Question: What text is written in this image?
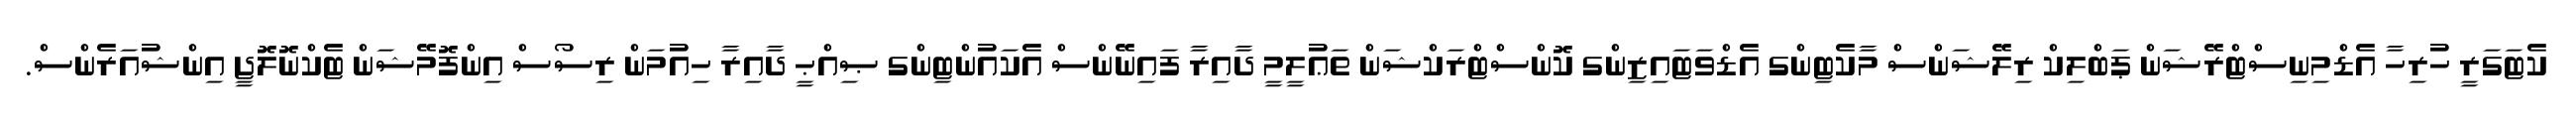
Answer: ކެޓަގަރީ ހުރިހާ އެޑްމިނިސްޓްރޭޝަން ޕަބްލިކް ރިލޭޝަންސް މާކެޓިންގ އެޑްވަޓައިޒިންގ ކޮންސްޓްރަކްޝަން ތަޢުލީމީ ދާއިރާ ފައިނޭންސް އެކައުންޓިންގ ޞިއްޙީ ދާއިރާ ހިއުމަން ރިސޯސް އިންފޮމޭޝަން ޓެކްނޮލޮޖީ އިންޝުއަރެންސް.